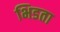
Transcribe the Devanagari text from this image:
भिडता